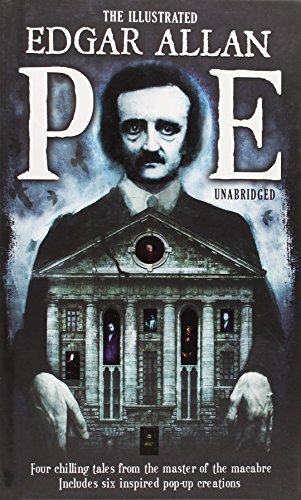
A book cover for The Illustrated Edgar Allan Poe (Literary Pop Up); Edgar Allan Poe; Literature & Fiction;